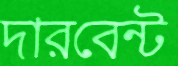
দারবেন্ট